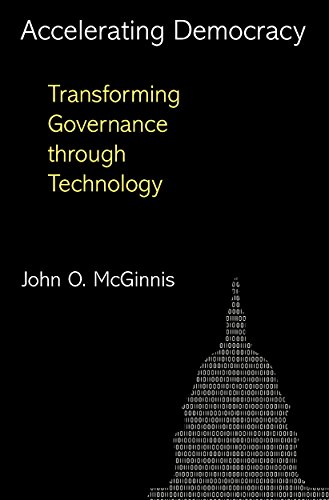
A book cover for Accelerating Democracy: Transforming Governance Through Technology; John O. McGinnis; Law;